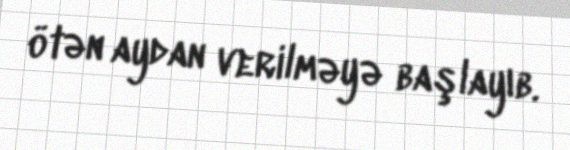
ötən aydan verilməyə başlayıb.